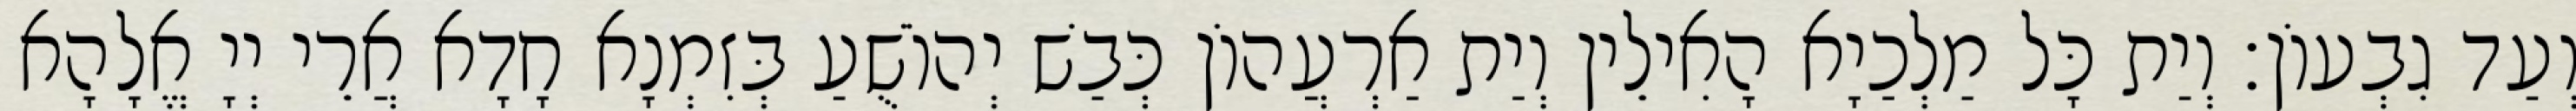
וְעַד גִבְעוֹן׃ וְיַת כָּל מַלְכַיָא הָאִילֵין וְיַת אַרְעֲהוֹן כְּבַשׁ יְהוֹשֻׁעַ בְּזִמְנָא חָדָא אֲרֵי יְיָ אֱלָהָא